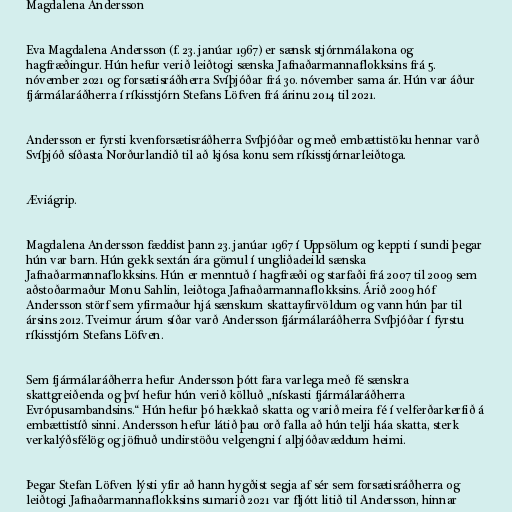
Magdalena Andersson

Eva Magdalena Andersson (f. 23. janúar 1967) er sænsk stjórnmálakona og
hagfræðingur. Hún hefur verið leiðtogi sænska Jafnaðarmannaflokksins frá 5.
nóvember 2021 og forsætisráðherra Svíþjóðar frá 30. nóvember sama ár. Hún var áður
fjármálaráðherra í ríkisstjórn Stefans Löfven frá árinu 2014 til 2021.

Andersson er fyrsti kvenforsætisráðherra Svíþjóðar og með embættistöku hennar varð
Svíþjóð síðasta Norðurlandið til að kjósa konu sem ríkisstjórnarleiðtoga.

Æviágrip.

Magdalena Andersson fæddist þann 23. janúar 1967 í Uppsölum og keppti í sundi þegar
hún var barn. Hún gekk sextán ára gömul í ungliðadeild sænska
Jafnaðarmannaflokksins. Hún er menntuð í hagfræði og starfaði frá 2007 til 2009 sem
aðstoðarmaður Monu Sahlin, leiðtoga Jafnaðarmannaflokksins. Árið 2009 hóf
Andersson störf sem yfirmaður hjá sænskum skattayfirvöldum og vann hún þar til
ársins 2012. Tveimur árum síðar varð Andersson fjármálaráðherra Svíþjóðar í fyrstu
ríkisstjórn Stefans Löfven.

Sem fjármálaráðherra hefur Andersson þótt fara varlega með fé sænskra
skattgreiðenda og því hefur hún verið kölluð „nískasti fjármálaráðherra
Evrópusambandsins.“ Hún hefur þó hækkað skatta og varið meira fé í velferðarkerfið á
embættistíð sinni. Andersson hefur látið þau orð falla að hún telji háa skatta, sterk
verkalýðsfélög og jöfnuð undirstöðu velgengni í alþjóðavæddum heimi.

Þegar Stefan Löfven lýsti yfir að hann hygðist segja af sér sem forsætisráðherra og
leiðtogi Jafnaðarmannaflokksins sumarið 2021 var fljótt litið til Andersson, hinnar